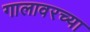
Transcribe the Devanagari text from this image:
गालावरच्या